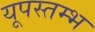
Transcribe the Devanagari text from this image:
यूपस्तम्भ